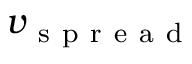
v _ { \mathrm { ~ s ~ p ~ r ~ e ~ a ~ d ~ } }